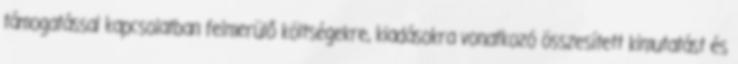
támogatással kapcsolatban felmerülő költségekre, kiadásokra vonatkozó összesített kimutatást és